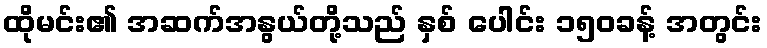
ထိုမင်း၏ အဆက်အနွယ်တို့သည် နှစ် ပေါင်း ၁၅၀ခန့် အတွင်း